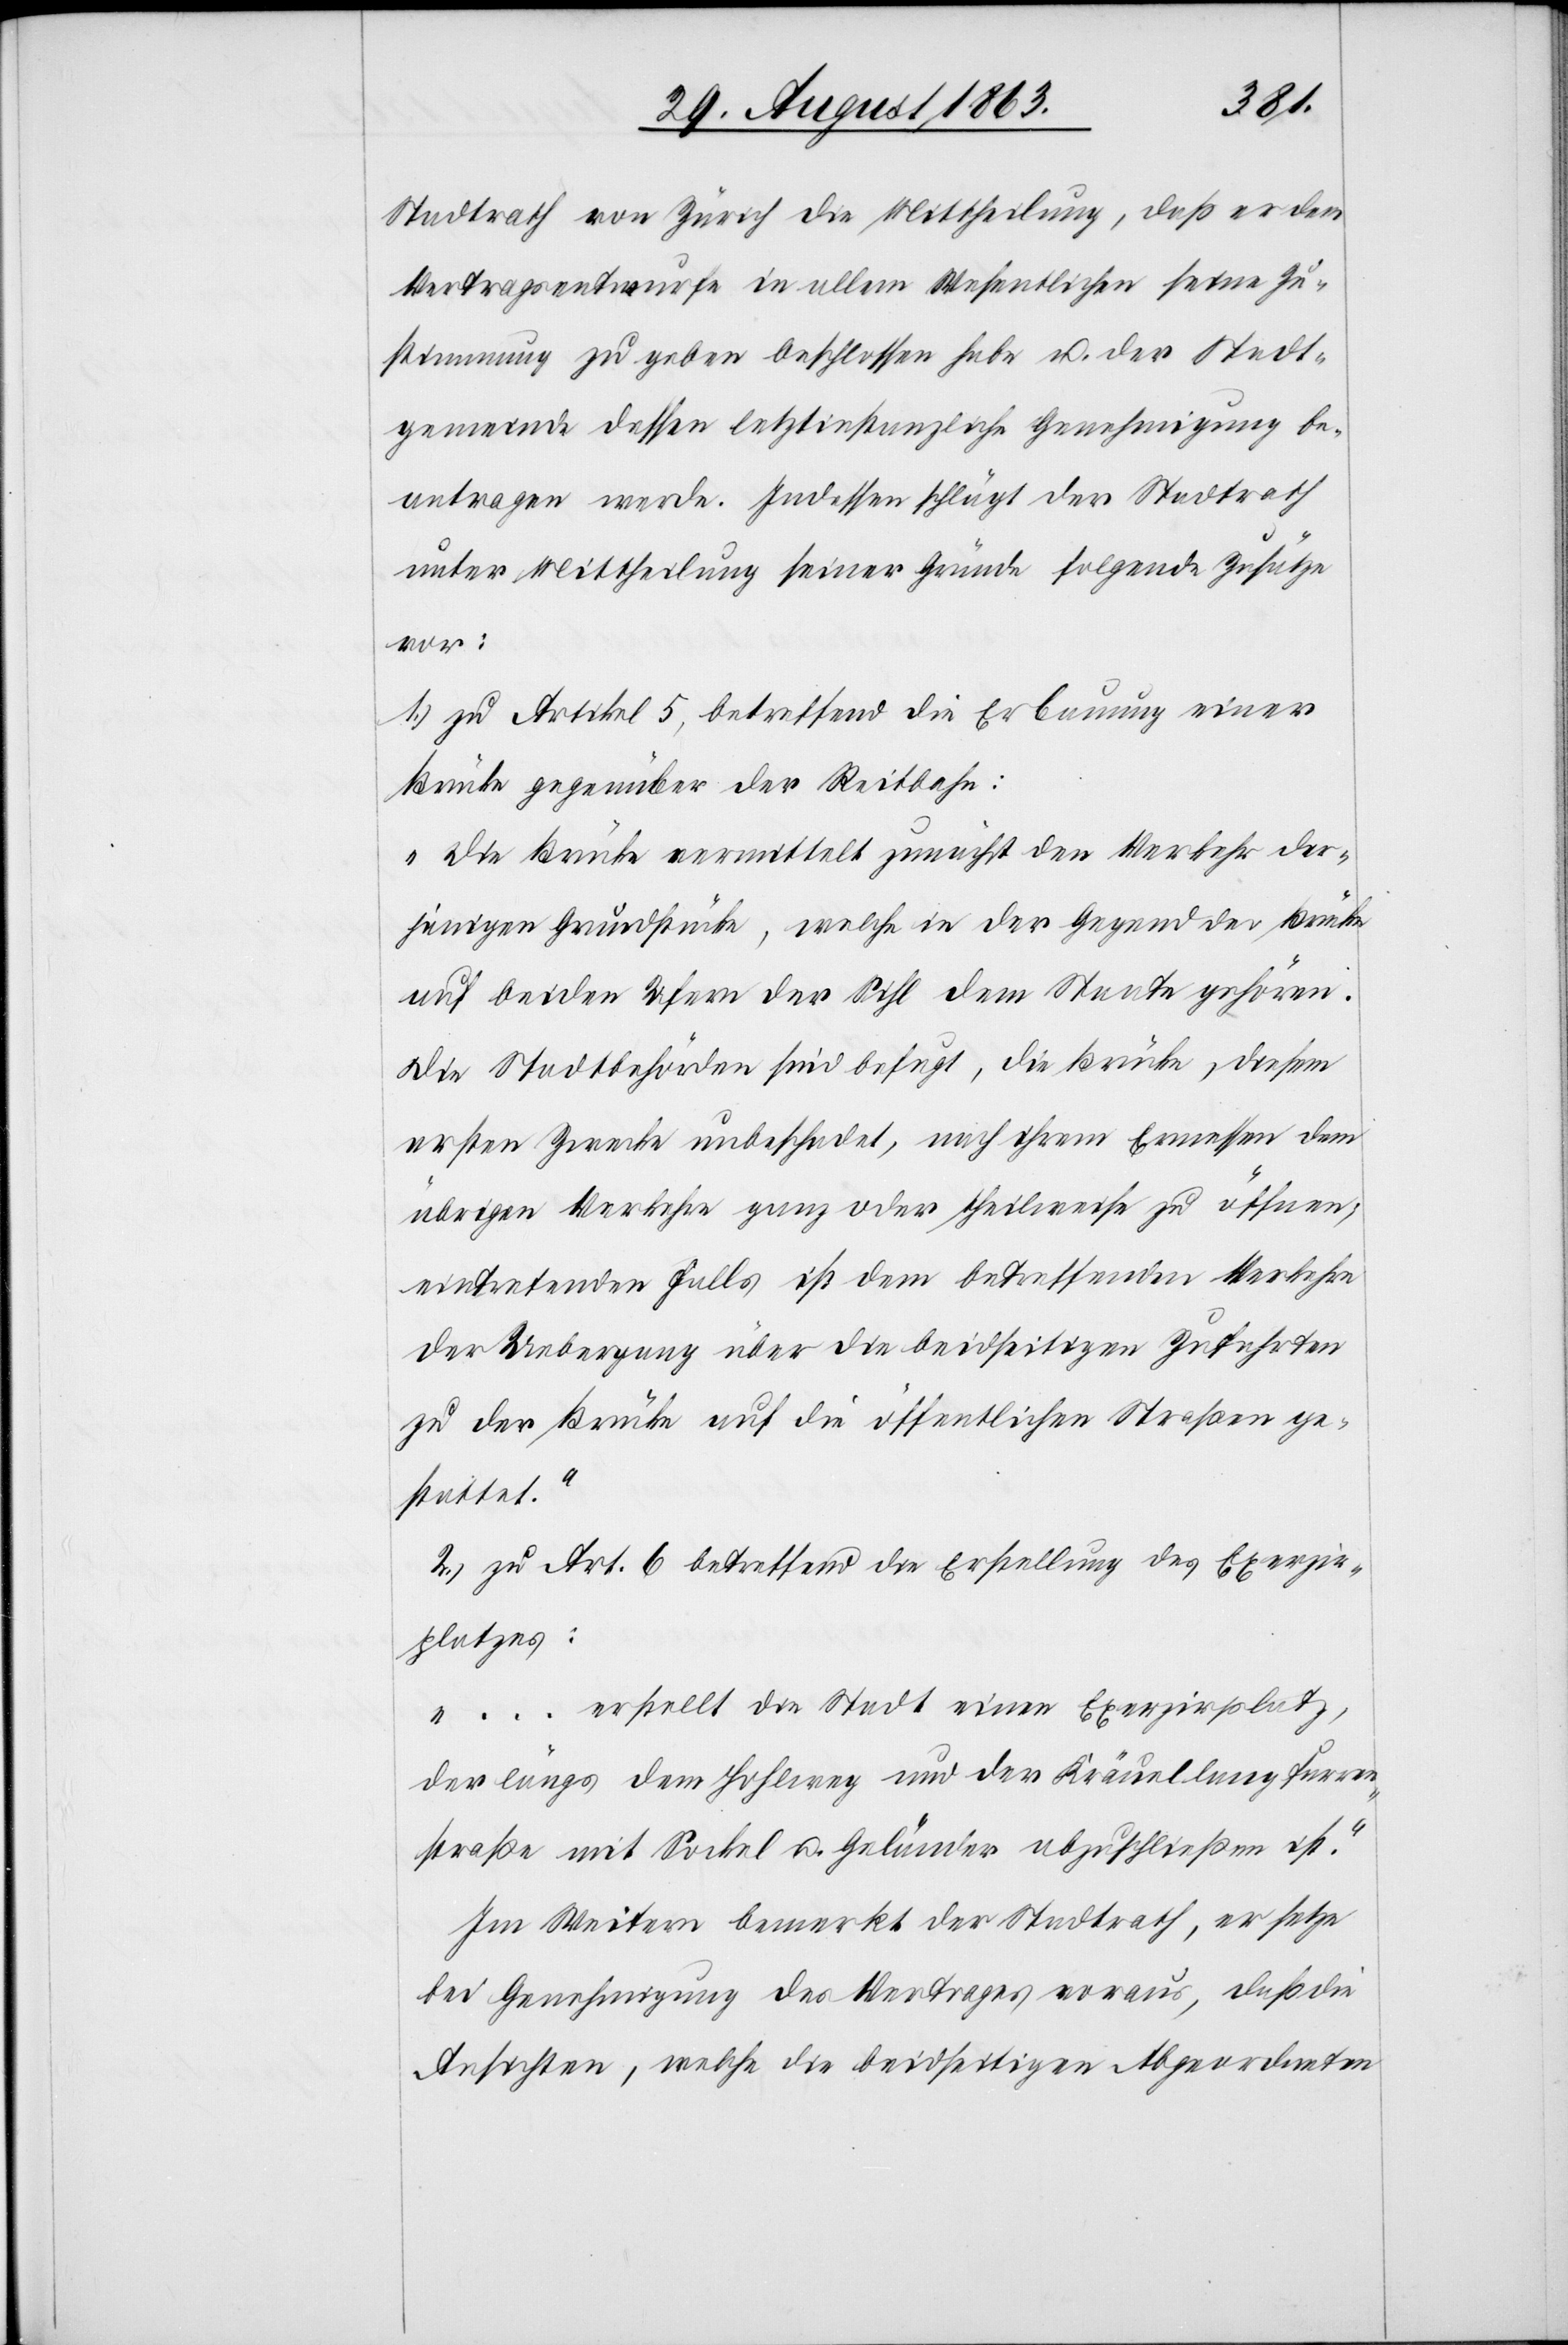
Stadtrath von Zürich die Mittheilung, daß er den
Vertragsentwurfe in allem Wesentlichen seine Zu¬
stimmung zu geben beschlossen habe u. der Stadt¬
gemeinde dessen letztinstanzliche Genehmigung be¬
antragen werde. Indessen schlägt der Stadtrath
unter Mittheilung seiner Gründe folgende Zusätze
vor:
1.) zu Artikel 5, betreffend die Erbauung einer
Brücke gegenüber der Reitbahn:
„Die Brücke vermittelt zunächst den Verkehr der¬
jenigen Grundstücke, welche in der Gegend der Brücke
auf beiden Ufern der Sihl dem Staate gehören.
Die Stadtbehörden sind befugt, die Brücke, diesem
ersten Zwecke unbeschadet, nach ihrem Ermessen dem
übrigen Verkehre ganz oder theilweise zu öffnen,
eintretenden Falls ist dem betreffenden Verkehre
der Uebergang über die beidseitigen Zufahrten
zu der Brücke auf die öffentlichen Straßen ge¬
stattet.“
2.) zu Art. 6 betreffend die Erstellung des Exerzir¬
platzes:
„… erstellt die Stadt einen Exerzirplatz,
der längs dem Hohlweg und der Kräuellangfurren¬
straße mit Sockel u. Geländer abzuschließen ist.“
Im Weitern bemerkt der Stadtrath, er setze
bei Genehmigung des Vertrages voraus, daß die
Ansichten, welche die beidseitigen Abgeordneten